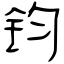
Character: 钧